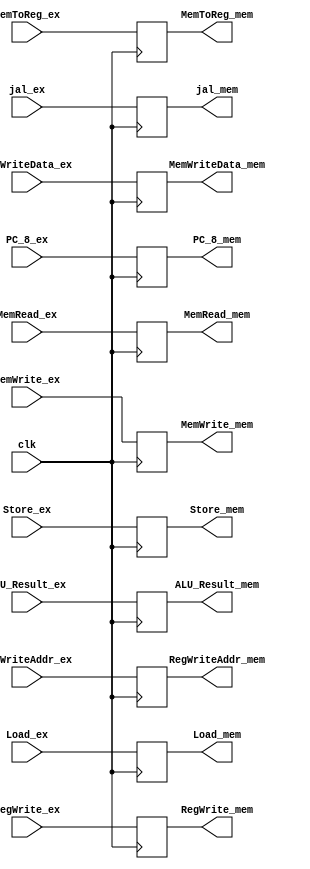
`timescale 1ns / 1ps
//////////////////////////////////////////////////////////////////////////////////
// Company: 
// Engineer: 
// 
// Design Name: 
// Module Name: EX_MEM_REG
// Project Name: 
// Target Devices: 
// Tool Versions: 
// Description: 
// 
// Dependencies: 
// 
// Revision:
// Revision 0.01 - File Created
// Additional Comments:
// 
//////////////////////////////////////////////////////////////////////////////////


module EX_MEM_REG(
    clk, 
    MemToReg_ex, RegWrite_ex, MemRead_ex, MemWrite_ex, jal_ex, PC_8_ex, ALU_Result_ex, MemWriteData_ex, RegWriteAddr_ex,Store_ex,Load_ex,
    MemToReg_mem, RegWrite_mem, MemRead_mem, MemWrite_mem, jal_mem, PC_8_mem, ALU_Result_mem, MemWriteData_mem, RegWriteAddr_mem,Store_mem,Load_mem
    );
    input clk;
    input MemToReg_ex, RegWrite_ex, MemRead_ex, MemWrite_ex, jal_ex;
    input [31:0] PC_8_ex, ALU_Result_ex, MemWriteData_ex;
    input [4:0] RegWriteAddr_ex;
    input [1:0] Store_ex;
    input [2:0] Load_ex;
    output reg MemToReg_mem, RegWrite_mem, MemRead_mem, MemWrite_mem, jal_mem;
    output reg [31:0] PC_8_mem, ALU_Result_mem, MemWriteData_mem;
    output reg [4:0] RegWriteAddr_mem;
    output reg [1:0] Store_mem;
    output reg [2:0] Load_mem;
    
    initial
    begin
        MemToReg_mem = 0;
        RegWrite_mem = 0;
        MemRead_mem = 0;
        MemWrite_mem = 0;
        jal_mem = 0;
        PC_8_mem = 0;
        ALU_Result_mem = 0;
        MemWriteData_mem = 0;
        RegWriteAddr_mem = 0;
        Store_mem=0;
        Load_mem=0;    
    end
    
    always@(posedge clk)
    begin
        MemToReg_mem = MemToReg_ex;
        RegWrite_mem = RegWrite_ex;
        MemRead_mem = MemRead_ex;
        MemWrite_mem = MemWrite_ex;
        jal_mem = jal_ex;
        PC_8_mem = PC_8_ex;
        ALU_Result_mem = ALU_Result_ex;
        MemWriteData_mem = MemWriteData_ex;
        RegWriteAddr_mem = RegWriteAddr_ex;
        Store_mem=Store_ex;
        Load_mem=Load_ex;
    end
endmodule